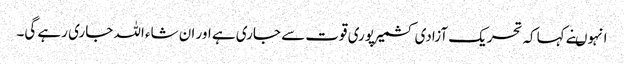
انہوںنے کہاکہ تحریک آزادی کشمیرپوری قوت سے جاری ہے اور ان شاء اللہ جاری رہے گی۔